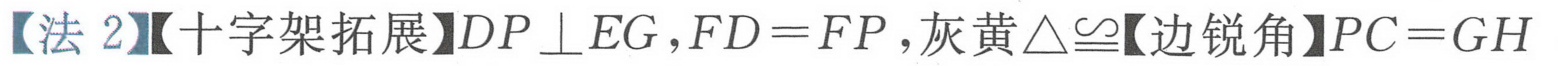
【法 2】【十字架拓展】\(DP\perp EG\)，\(FD = FP\)，灰黄\(\triangle\cong\)【边锐角】\(PC = GH\)